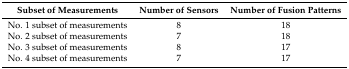
| Subset of Measurements | Number of Sensors | Number of Fusion Patterns |
 | --- | --- | --- |
 | No. 1 subset of measurements | 8 | 18 |
 | No. 2 subset of measurements | 7 | 18 |
 | No. 3 subset of measurements | 8 | 17 |
 | No. 4 subset of measurements | 7 | 17 |